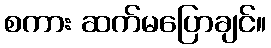
စကား ဆက်မပြောချင်။